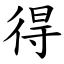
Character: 得